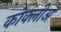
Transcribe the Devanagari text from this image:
कोक्लीअ